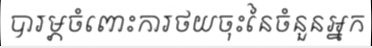
បារម្ភចំពោះការថយចុះនៃចំនួនអ្នក